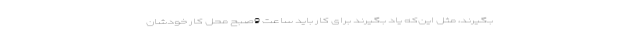
بگیرند، مثل این‌که یاد بگیرند برای کار باید ساعت 9صبح محل کار خودشان